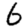
Digit: 6